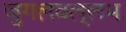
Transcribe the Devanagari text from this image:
जुगलवल्लभ